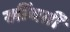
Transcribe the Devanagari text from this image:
खींचतीं